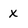
Character: X